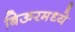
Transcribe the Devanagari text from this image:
बिऊरमध्ये